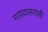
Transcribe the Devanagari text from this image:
गायवासरांसी